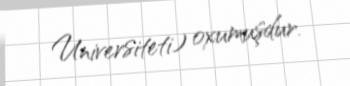
Universiteti) oxumuşdur.